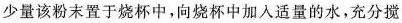
少量该粉末置于烧杯中，向烧杯中加入适量的水，充分搅